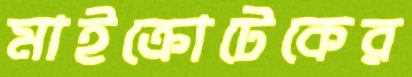
মাইক্রোটেকের